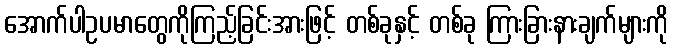
အောက်ပါဥပမာတွေကိုကြည့်ခြင်းအားဖြင့် တစ်ခုနှင့် တစ်ခု ကြားခြားနားချက်များကို